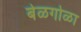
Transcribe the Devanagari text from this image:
बेळगोळा